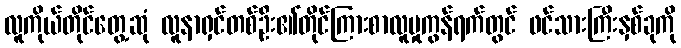
လူကိုယ်တိုင်တွေ့ဆုံ လူနာရှင်တစ်ဦး၏တိုင်ကြားစာလူမှုကွန်ရက်တွင် ဖင်သားကြီးနှစ်ခုကို